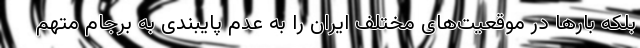
بلکه بارها در موقعیت‌های مختلف ایران را به عدم پایبندی به برجام متهم